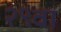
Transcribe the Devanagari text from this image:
२९वां